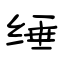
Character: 缍